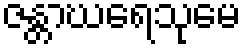
ဇန္တာဃရေသုမေ